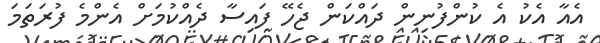
އެއާ އެކު އެ ކުންފުނިން ދައްކަން ޖެހޭ ފައިސާ ދެއްކުމަށް އެންމެ ފުރަތަމަ